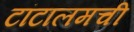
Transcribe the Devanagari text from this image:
टांटालमची